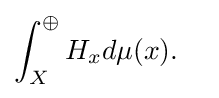
\int _{X}^{\oplus }H_{x}d\mu (x).\quad